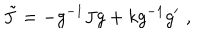
\tilde { J } = - g ^ { - 1 } J g + k g ^ { - 1 } g ^ { \prime } \, \, ,